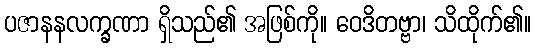
ပဇာနနလက္ခဏာ ရှိသည်၏ အဖြစ်ကို။ ဝေဒိတဗ္ဗာ၊ သိထိုက်၏။